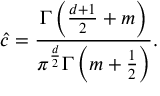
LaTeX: \hat { c } = \frac { \Gamma \left( \frac { d + 1 } { 2 } + m \right) } { \pi ^ { \frac { d } { 2 } } \Gamma \left( m + \frac 1 2 \right) } .